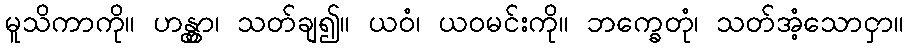
မူသိကာကို။ ဟန္တွာ၊ သတ်ချ၍။ ယဝံ၊ ယဝမင်းကို။ ဘက္ခေတုံ၊ သတ်အံ့သောငှာ။